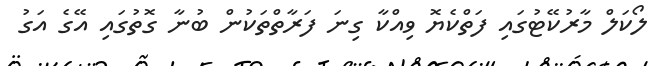
ލޯކަލް މާރުކޭޓުގައި ފަތްކެޔޮ ވިއްކާ ގިނަ ފަރާތްތަކުން ބުނާ ގޮތުގައި އޭގެ އަގު